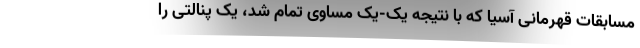
مسابقات قهرمانی آسیا که با نتیجه یک-یک مساوی تمام شد، یک پنالتی را